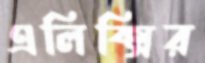
এলিক্সির